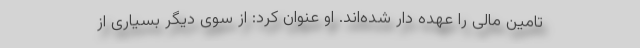
تامین مالی را عهده دار شده‌اند. او عنوان کرد: از سوی دیگر بسیاری از